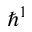
\hbar ^ { 1 }